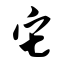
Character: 它